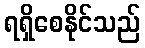
ရရှိစေနိုင်သည်